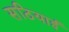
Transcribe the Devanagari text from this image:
सठियाई